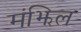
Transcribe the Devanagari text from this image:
मंझिल